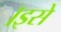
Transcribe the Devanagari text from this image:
।इसे